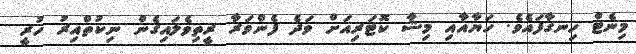
މިނެޓް ހިނގާފައެވެ. ހަޔާއާއި މިޝާ ކޮޓަރިއަށް ވަދެ ފެންވަރާ ރީތިވެލައިގެން ނިކުތްއިރު ހުރީ